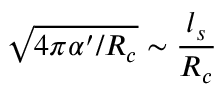
\sqrt { 4 \pi \alpha ^ { \prime } / R _ { c } } \sim \frac { l _ { s } } { R _ { c } }